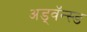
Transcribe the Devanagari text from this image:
अड्वॅन्स्ड